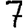
Digit: 7